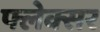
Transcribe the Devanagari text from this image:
फ्लेक्सर